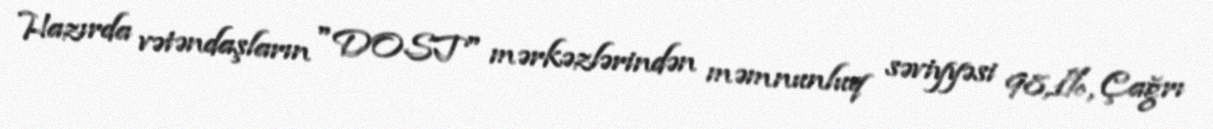
Hazırda vətəndaşların "DOST" mərkəzlərindən məmnunluq səviyyəsi 98,1%, Çağrı